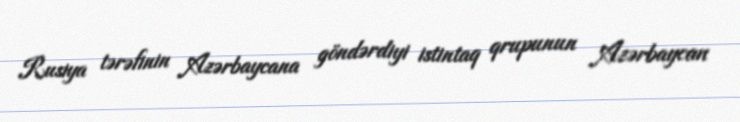
Rusiya tərəfinin Azərbaycana göndərdiyi istintaq qrupunun Azərbaycan